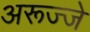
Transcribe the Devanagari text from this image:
अरूज्जे